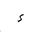
Letter: _hamza